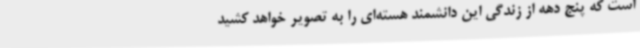
است که پنج دهه از زندگی این دانشمند هسته‌ای را به تصویر خواهد کشید